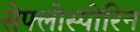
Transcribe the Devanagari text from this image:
सेफ्लोस्पोरिन